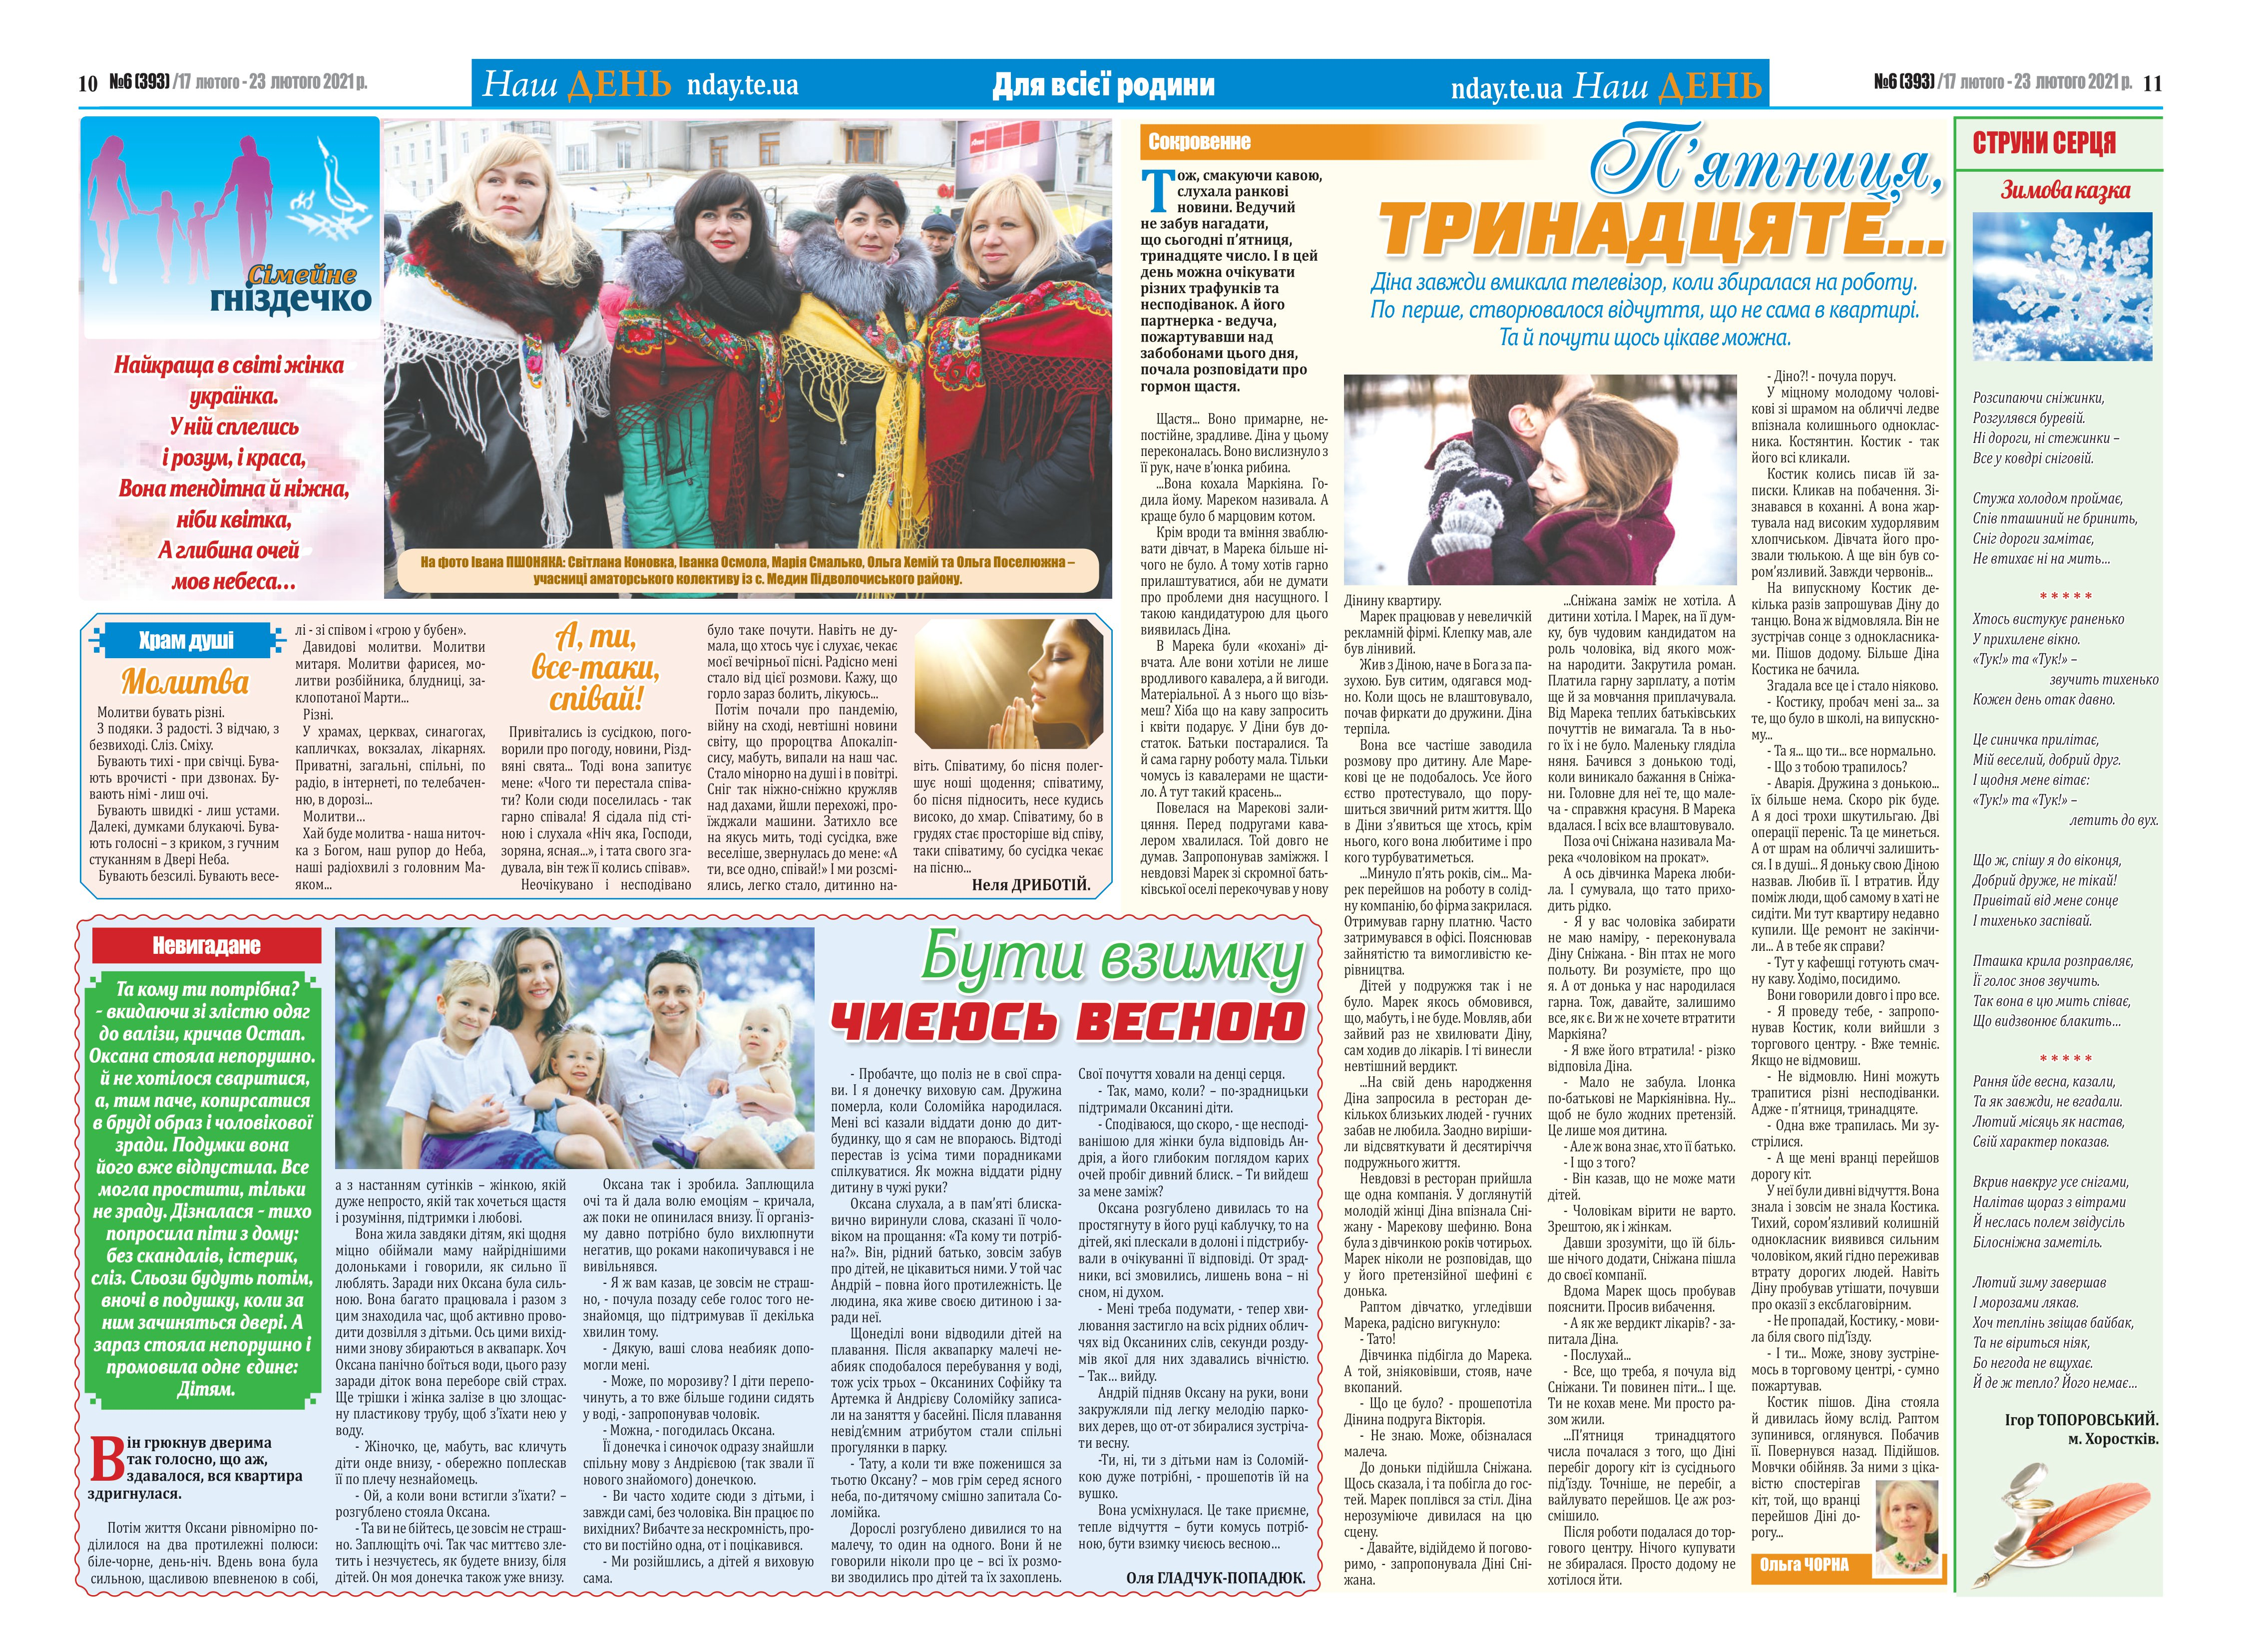
Language: uk